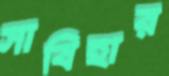
সাবিহার